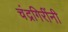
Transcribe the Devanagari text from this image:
चंद्रगिरींनी